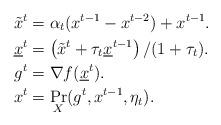
LaTeX: \begin{align*}\tilde x^{t} &= \alpha_t (x^{t-1} - x^{t-2}) + x^{t-1}.\\\underline x^{t} &= \left( \tilde x^t + \tau_t \underline x^{t-1} \right) / (1+\tau_t). \\g^{t} &= \nabla f(\underline x^{t}). \\x^{t} &= \Pr_{X} (g^t, x^{t-1}, \eta_t). \end{align*}